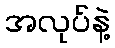
အလုပ်နဲ့